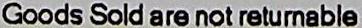
GOODS SOLD ARE NOT RETURNABLE